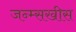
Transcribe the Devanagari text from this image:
जन्म्सखीस